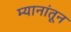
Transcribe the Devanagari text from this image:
म्यानांतून